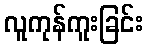
လူကုန်ကူးခြင်း